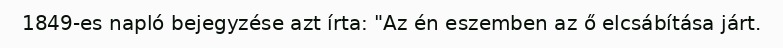
1849-es napló bejegyzése azt írta: "Az én eszemben az ő elcsábítása járt.